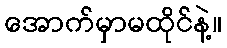
အောက်မှာမထိုင်နဲ့။